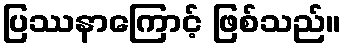
ပြဿနာကြောင့် ဖြစ်သည်။